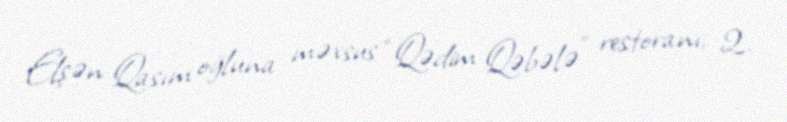
Elşən Qasım oğluna məxsus “Qədim Qəbələ” restoranı; 2.